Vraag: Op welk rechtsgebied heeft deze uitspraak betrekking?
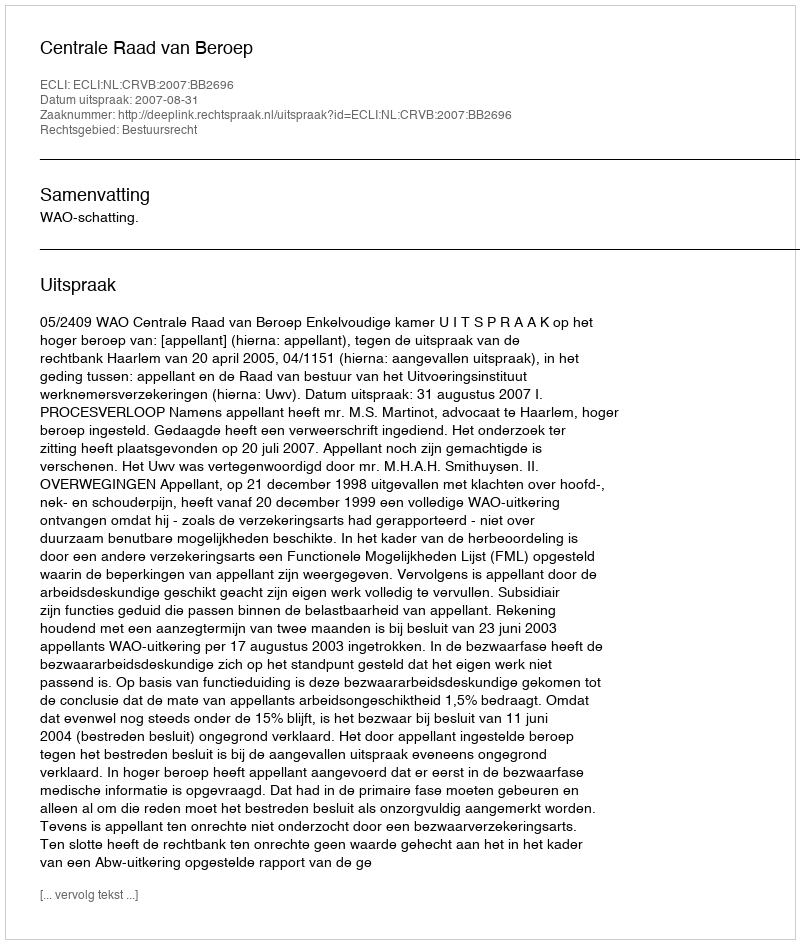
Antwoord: Bestuursrecht